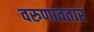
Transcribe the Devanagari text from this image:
वरुणावतार